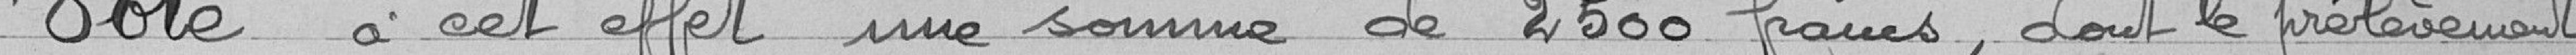
Vote à cet effet une somme de 2500 francs, dont le prélèvement